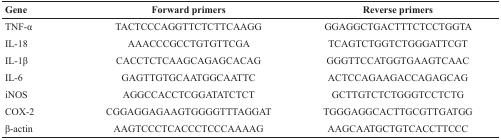
<table><thead><tr><td><b>Gene</b></td><td><b>Forward primers</b></td><td><b>Reverse primers</b></td></tr></thead><tbody><tr><td>TNF-α</td><td>TACTCCCAGGTTCTCTTCAAGG</td><td>GGAGGCTGACTTTCTCCTGGTA</td></tr><tr><td>IL-18</td><td>AAACCCGCCTGTGTTCGA</td><td>TCAGTCTGGTCTGGGATTCGT</td></tr><tr><td>IL-1β</td><td>CACCTCTCAAGCAGAGCACAG</td><td>GGGTTCCATGGTGAAGTCAAC</td></tr><tr><td>IL-6</td><td>GAGTTGTGCAATGGCAATTC</td><td>ACTCCAGAAGACCAGAGCAG</td></tr><tr><td>iNOS</td><td>AGGCCACCTCGGATATCTCT</td><td>GCTTGTCTCTGGGTCCTCTG</td></tr><tr><td>COX-2</td><td>CGGAGGAGAAGTGGGGTTTAGGAT</td><td>TGGGAGGCACTTGCGTTGATGG</td></tr><tr><td>β-actin</td><td>AAGTCCCTCACCCTCCCAAAAG</td><td>AAGCAATGCTGTCACCTTCCC</td></tr></tbody></table>